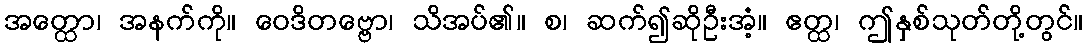
အတ္ထော၊ အနက်ကို။ ဝေဒိတဗ္ဗော၊ သိအပ်၏။ စ၊ ဆက်၍ဆိုဦးအံ့။ ဧတ္ထ၊ ဤနှစ်သုတ်တို့တွင်။